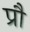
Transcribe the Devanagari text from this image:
प्रौ